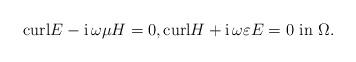
LaTeX: \begin{align*}\mathrm{curl} E -{\rm i}\,\omega \mu H =0, \mathrm{curl} H +{\rm i}\,\omega \varepsilon E=0 \mbox{ in } \Omega.\end{align*}